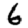
Digit: 6